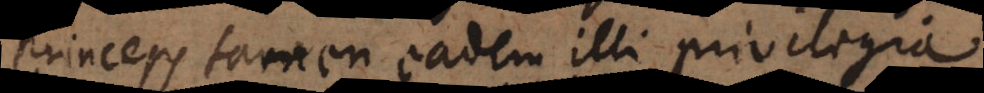
Princeps tamen eadem illi privilegia